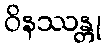
ဝိနဿန္တု